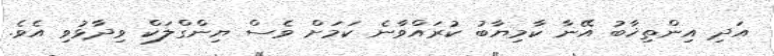
އަދި އިންތިޚާބު އޭނާ ކާމިޔާބު ކުރައްވާނެ ކަމަށް ވެސް ޔިންގްލަކް ވިދާޅުވި އެވެ.